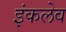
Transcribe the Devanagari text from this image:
इंकलेव